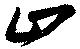
止